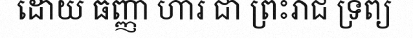
ដោយ ធញ្ញា ហារ ជា ព្រះរាជ ទ្រព្យ